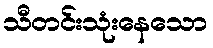
သီတင်းသုံးနေသော